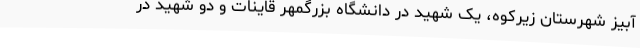
آبیز شهرستان زیرکوه، یک شهید در دانشگاه بزرگمهر قاینات و دو شهید در